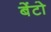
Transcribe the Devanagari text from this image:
बेंटो